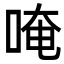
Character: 唵